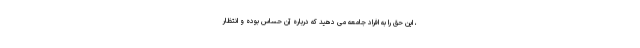
، این حق را به افراد جامعه می دهید که درباره آن حساس بوده و انتظار